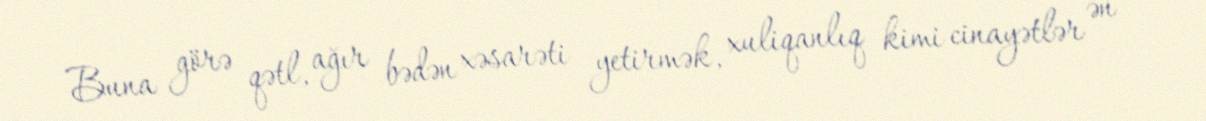
Buna görə qətl, ağır bədən xəsarəti yetirmək, xuliqanlıq kimi cinayətlər ən